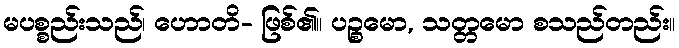
မပစ္စည်းသည်၊ ဟောတိ- ဖြစ်၏။ ပဉ္စမော, သတ္တမော စသည်တည်း။